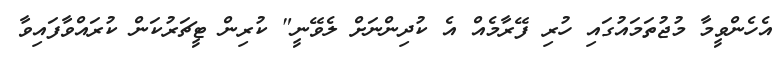
އެހެންވީމާ މުޖުތަމައުގައި ހުރި ފޭރާމެއް އެ ކުދިންނަށް ލެވޭނީ" ކުރިން ޓީޗަރުކަން ކުރައްވާފައިވާ